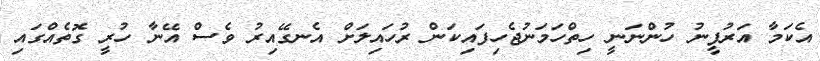
އެކަމާ އަރުފީނު ހުންނަނީ ހިތްހަމަނުޖެހިފައިކަން ރުހައިލަށް އެނގޭއިރު ވެސް އޭނާ ހުރީ ގޮތެއްގައި